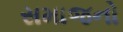
સમાજનો